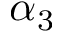
\alpha _ { 3 }